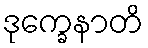
ဒုက္ခေနာတိ